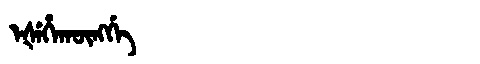
Manchu: ᡝᡧᡝᡥᠠᡴᡡᠩᡤᡝ
Romanization: EŠEHAKŪNGGE